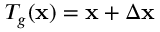
T _ { g } ( \mathbf { x } ) = \mathbf { x } + \Delta \mathbf { x }